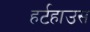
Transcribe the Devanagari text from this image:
हर्टहाउस